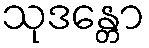
သုဒန္တော